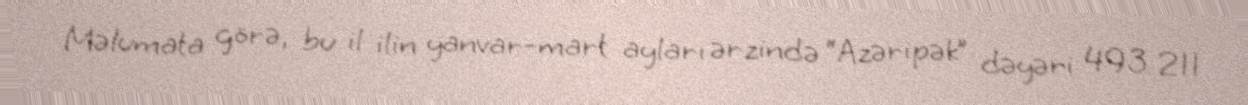
Məlumata görə, bu il ilin yanvar-mart ayları ərzində “Azəripək” dəyəri 493 211